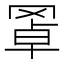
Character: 𦋇